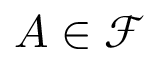
A \in { \mathcal { F } }